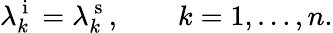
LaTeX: \lambda_{k}^{\mathrm{~i~}}=\lambda_{k}^{\mathrm{~s~}},\qquad k=1,\ldots,n.